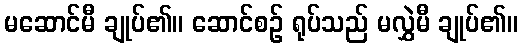
မဆောင်မီ ချုပ်၏။ ဆောင်စဉ် ရုပ်သည် မလွှဲမီ ချုပ်၏။